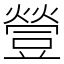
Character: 䝁